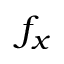
f _ { x }